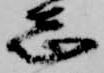
志